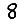
Digit: 8